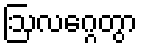
ဩလဂ္ဂေတွာ